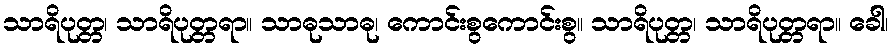
သာရိပုတ္တ၊ သာရိပုတ္တရာ။ သာဓုသာဓု၊ ကောင်းစွကောင်းစွ။ သာရိပုတ္တ၊ သာရိပုတ္တရာ။ ခေါ၊